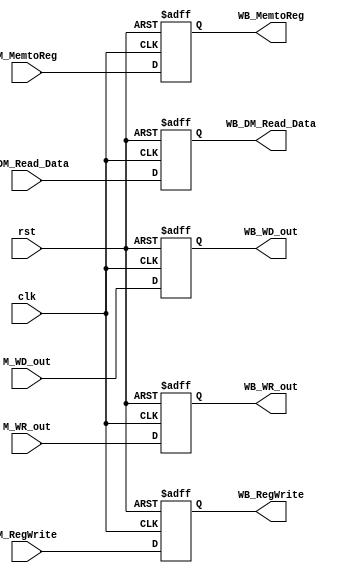
// M_WB

module M_WB ( clk,
              rst,
			  // input
			  // WB
			  M_MemtoReg,
			  M_RegWrite,
			  // pipe
			  M_DM_Read_Data,
			  M_WD_out,
			  M_WR_out,
			  // output
			  // WB
			  WB_MemtoReg,
			  WB_RegWrite,
			  // pipe
			  WB_DM_Read_Data,
			  WB_WD_out,
              WB_WR_out
			  );

	parameter data_size = 32;

	input clk, rst;

	// WB
    input M_MemtoReg;
    input M_RegWrite;
	// pipe
    input [data_size-1:0] M_DM_Read_Data;
    input [data_size-1:0] M_WD_out;
    input [4:0] M_WR_out;

	// WB
	output WB_MemtoReg;
	output WB_RegWrite;
	// pipe
    output [data_size-1:0] WB_DM_Read_Data;
    output [data_size-1:0] WB_WD_out;
    output [4:0] WB_WR_out;

	// write your code in here
	// WB
	reg WB_MemtoReg;
	reg WB_RegWrite;
	// pipe
    reg [data_size-1:0] WB_DM_Read_Data;
    reg [data_size-1:0] WB_WD_out;
    reg [4:0] WB_WR_out;

	always@(negedge clk, posedge rst)
	begin
		if(rst)
		begin
			// WB
			WB_MemtoReg		<= 0;
			WB_RegWrite		<= 0;
			// pipe
			WB_DM_Read_Data	<= 32'b0;
			WB_WD_out		<= 32'b0;
			WB_WR_out		<= 5'b0;
		end
		else
		begin
			// WB
			WB_MemtoReg		<= M_MemtoReg;
			WB_RegWrite		<= M_RegWrite;
			// pipe
			WB_DM_Read_Data	<= M_DM_Read_Data;
			WB_WD_out		<= M_WD_out;
			WB_WR_out		<= M_WR_out;
		end
	end
endmodule